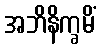
အဘိနိက္ခမိံ